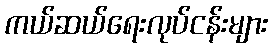
ကယ်ဆယ်ရေးလုပ်ငန်းများ